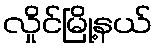
လှိုင်မြို့နယ်